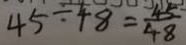
4 5 \div 4 8 = \frac { 4 5 } { 4 8 }